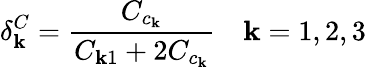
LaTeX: \delta_{\mathbf{k}}^{C}=\frac{{C_{c_{\mathbf{k}}}}}{{C_{\mathbf{k}1}+2C_{c_{\mathbf{k}}}}}\quad\mathbf{k}=1,2,3